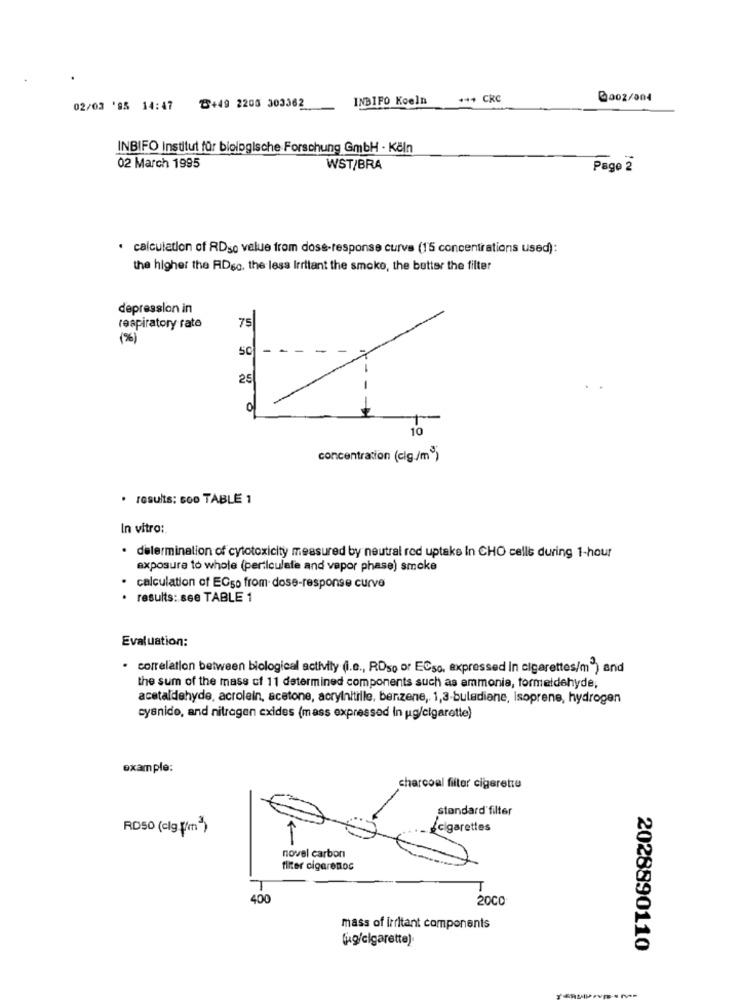
INBIFO Koeln
+4+ CRC
@002/004
02/03 '95 14:47 ℃+49 2200 303362
INBIFO Institut für biologische Forschung GmbH - Köln
02 March 1995
WST/BRA
Pago 2
· calculation of RDso value from dose-response curve (15 concentrations used):
the higher the ADsc. the less Irritant the smoke, the better the filter
depression in
75
respiratory rate
(%)
SC
25
0
10
concentration (cig./m3)
· results: Goo TABLE 1
In vitro:
· determination of cytotoxicity measured by neutral red uptake In CHO cells during 1-hour
exposure to whole (perticulafe and vapor phase) smoke
· calculation of ECso from dose-response curve
· results: see TABLE 1
Evaluation:
· correlation between biological activity (i.e ., ROso or ECso, expressed In cigarettes/m ) and
the sum of the mass cf 11 determined components such as ammonia, formaldehyde,
acetaldehyde, acrolein, acetone, acrylnitille, benzene, 1,3-bulediane, Isoprene, hydrogen
cyanido, and nitrogen cxides (mass expressed In ug/cigarette)
example:
charcoal filter cigarette
standard filter
RD50 (clg (m)
cigarettes
novel carbon
filter cigarenos
400
2000
mass of irritant components
(kg/cigarette)
2028890110